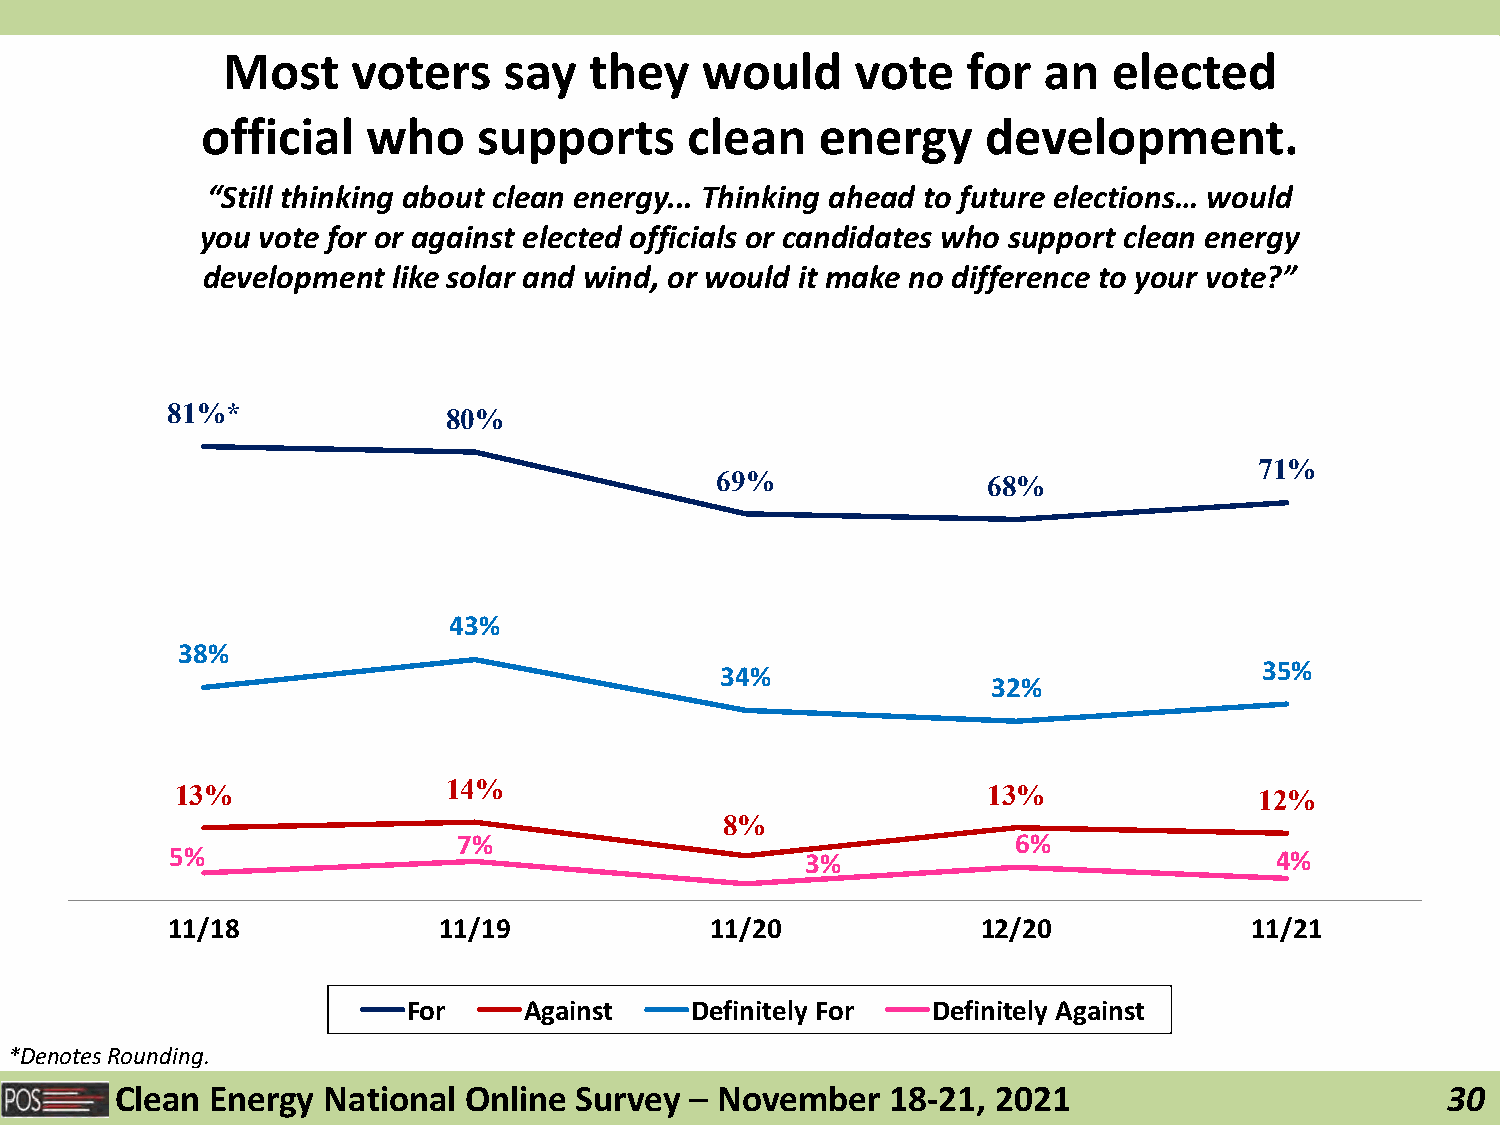
Most    voters    say   they   would      vote   for  an   elected
 official   who     supports      clean   energy     development.
 “Still thinking about clean energy... Thinking ahead to future elections… would
 you vote for or against elected officials or candidates who support clean energy
 development  like solar and wind, or would it make no difference to your vote?”
 81%*              80%
 71%
 69%               68%
 43%
 38%
 34%                                 35%
 32%
 13%              14%                                 13%               12%
 8%
 7%                                   6%
 5%                                        3%                             4%
 11/18             11/19             11/20             12/20             11/21
 For     Against    Definitely For  Definitely Against
 *Denotes Rounding.
 Clean Energy National  Online Survey  – November   18-21, 2021                          30